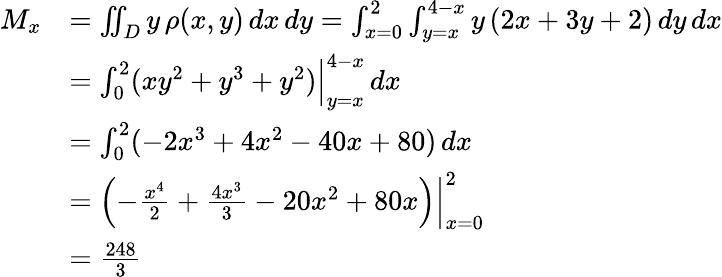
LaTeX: {\begin{array}{rl}{M_{x}}&{=\iint_{D}y\, \rho(x,y)\, dx\, dy=\int_{x=0}^{2}\int_{y=x}^{4-x}y\, (2x+3y+2)\, dy\, dx}\\ &{=\int_{0}^{2}(xy^{2}+y^{3}+y^{2}){\Big|}_{y=x}^{4-x}\, dx}\\ &{=\int_{0}^{2}(-2x^{3}+4x^{2}-40x+80)\, dx}\\ &{=\left.\left(-{\frac{x^{4}}{2}}+{\frac{4x^{3}}{3}}-20x^{2}+80x\right)\right|_{x=0}^{2}}\\ &{={\frac{248}{3}}}\end{array}}